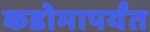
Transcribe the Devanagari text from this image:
कडोमापर्यंत